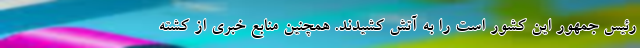
رئیس جمهور این کشور است را به آتش کشیدند. همچنین منابع خبری از کشته